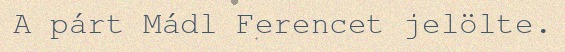
A párt Mádl Ferencet jelölte.